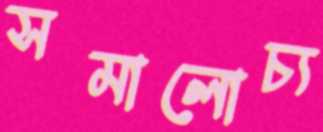
সমালোচ্য